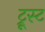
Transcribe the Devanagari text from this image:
ट्रूस्ट